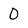
Character: 0